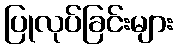
ပြုလုပ်ခြင်းများ